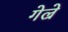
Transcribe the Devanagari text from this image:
गेल्रे